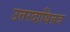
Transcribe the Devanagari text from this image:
उत्तरदायित्तव